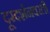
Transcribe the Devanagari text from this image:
दूरदर्शनवरती